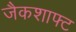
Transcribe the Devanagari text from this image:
जैकशाफ्ट